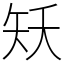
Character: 矨